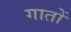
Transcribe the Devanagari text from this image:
गातों